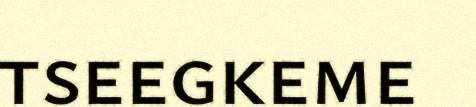
tseegkeme